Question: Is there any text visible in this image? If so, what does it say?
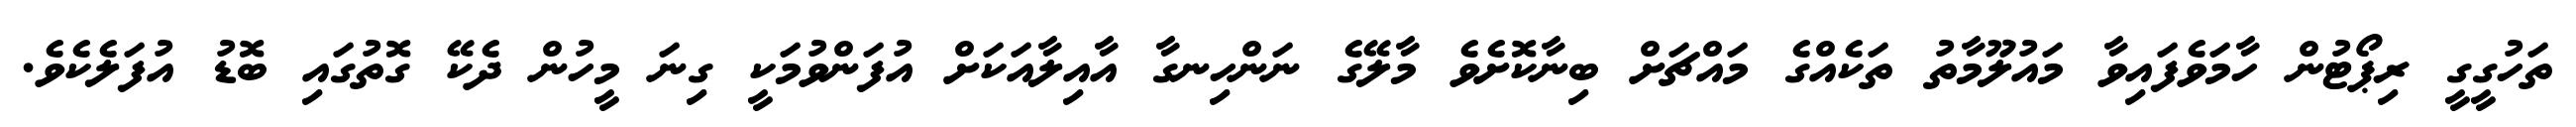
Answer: ތަހުގީގީ ރިޕޯޓުން ހާމަވެފައިވާ މައުލޫމާތު ތަކެއްގެ މައްޗަށް ބިނާކޮށެވެ މާލޭގެ ނަންހިނގާ އާއިލާއަކަށް އުފަންވުމަކީ ގިނަ މީހުން ދެކޭ ގޮތުގައި ބޮޑު އުފަލެކެވެ.